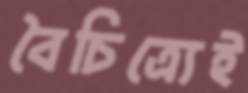
বৈচিত্র্যেই